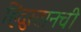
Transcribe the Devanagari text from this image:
हिंदुस्तानची